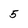
Character: 5